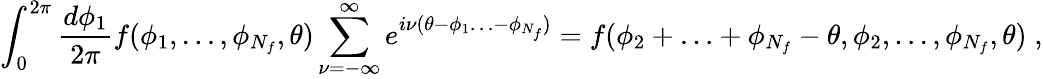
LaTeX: \int_{0}^{2\pi}\frac{d\phi_{1}}{2\pi}f(\phi_{1},\ldots,\phi_{N_{f}},\theta)\sum_{\nu=-\infty}^{\infty}e^{i\nu(\theta-\phi_{1}\ldots-\phi_{N_{f}})}=f(\phi_{2}+\ldots+\phi_{N_{f}}-\theta,\phi_{2},\ldots,\phi_{N_{f}},\theta)\; ,